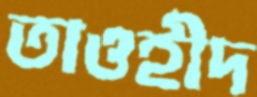
তাওহীদ